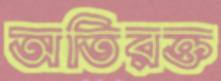
অতিরক্ত